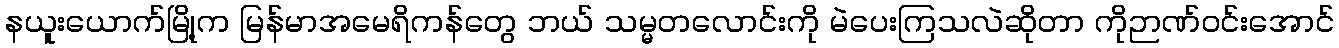
နယူးယောက်မြို့က မြန်မာအမေရိကန်တွေ ဘယ် သမ္မတလောင်းကို မဲပေးကြသလဲဆိုတာ ကိုဉာဏ်ဝင်းအောင်